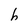
Character: h